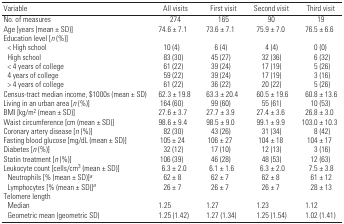
<table><thead><tr><td><b>Variable</b></td><td><b>All visits</b></td><td><b>First visit</b></td><td><b>Second visit</b></td><td><b>Third visit</b></td></tr></thead><tbody><tr><td>No. of measures</td><td>274</td><td>165</td><td>90</td><td>19</td></tr><tr><td>Age [years (mean ± SD)]</td><td>74.6 ± 7.1</td><td>73.6 ± 7.1</td><td>75.9 ± 7.0</td><td>76.5 ± 6.6</td></tr><tr><td colspan="5">Education level [<i>n</i> (%)]</td></tr><tr><td> &lt; High school</td><td>10 (4)</td><td>6 (4)</td><td>4 (4)</td><td>0 (0)</td></tr><tr><td> High school</td><td>83 (30)</td><td>45 (27)</td><td>32 (36)</td><td>6 (32)</td></tr><tr><td> &lt; 4 years of college</td><td>61 (22)</td><td>39 (24)</td><td>17 (19)</td><td>5 (26)</td></tr><tr><td> 4 years of college</td><td>59 (22)</td><td>39 (24)</td><td>17 (19)</td><td>3 (16)</td></tr><tr><td> &gt; 4 years of college</td><td>61 (22)</td><td>36 (22)</td><td>20 (22)</td><td>5 (26)</td></tr><tr><td>Census-tract median income, $1000s (mean ± SD)</td><td>62.3 ± 19.8</td><td>63.3 ± 20.4</td><td>60.5 ± 19.6</td><td>60.8 ± 13.6</td></tr><tr><td>Living in an urban area [<i>n</i> (%)]</td><td>164 (60)</td><td>99 (60)</td><td>55 (61)</td><td>10 (53)</td></tr><tr><td>BMI [kg/m<sup>2</sup> (mean ± SD)]</td><td>27.6 ± 3.7</td><td>27.7 ± 3.9</td><td>27.4 ± 3.6</td><td>26.8 ± 3.0</td></tr><tr><td>Waist circumference [cm (mean ± SD)]</td><td>98.6 ± 9.4</td><td>98.5 ± 9.0</td><td>99.1 ± 9.9</td><td>103.0 ± 10.3</td></tr><tr><td>Coronary artery disease [<i>n</i> (%)]</td><td>82 (30)</td><td>43 (26)</td><td>31 (34)</td><td>8 (42)</td></tr><tr><td>Fasting blood glucose [mg/dL (mean ± SD)]</td><td>105 ± 24</td><td>106 ± 27</td><td>104 ± 18</td><td>104 ± 17</td></tr><tr><td>Diabetes [<i>n</i> (%)]</td><td>32 (12)</td><td>17 (10)</td><td>12 (13)</td><td>3 (16)</td></tr><tr><td>Statin treatment [<i>n</i> (%)]</td><td>106 (39)</td><td>46 (28)</td><td>48 (53)</td><td>12 (63)</td></tr><tr><td>Leukocyte count [cells/cm<sup>3</sup> (mean ± SD)]</td><td>6.3 ± 2.0</td><td>6.1 ± 1.6</td><td>6.3 ± 2.0</td><td>7.5 ± 3.8</td></tr><tr><td> Neutrophils [% (mean ± SD)]a</td><td>62 ± 8</td><td>62 ± 7</td><td>62 ± 8</td><td>61 ± 12</td></tr><tr><td> Lymphocytes [% (mean ± SD)]a</td><td>26 ± 7</td><td>26 ± 7</td><td>26 ± 7</td><td>28 ± 13</td></tr><tr><td colspan="5">Telomere length</td></tr><tr><td> Median</td><td>1.25</td><td>1.27</td><td>1.23</td><td>1.12</td></tr><tr><td> Geometric mean (geometric SD)</td><td>1.25 (1.42)</td><td>1.27 (1.34)</td><td>1.25 (1.54)</td><td>1.02 (1.41)</td></tr></tbody></table>